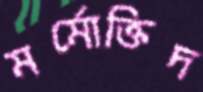
মর্মোক্তিদ